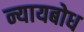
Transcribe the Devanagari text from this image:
न्यायबोध